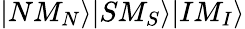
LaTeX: |NM_{N}\rangle|SM_{S}\rangle|IM_{I}\rangle